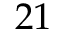
2 1